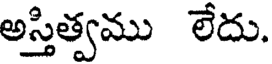
అస్తిత్వము లేదు.